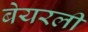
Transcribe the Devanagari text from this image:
बेयरली